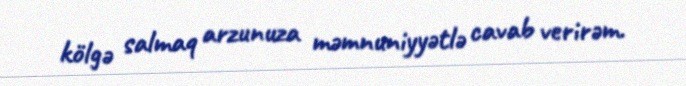
kölgə salmaq arzunuza məmnuniyyətlə cavab verirəm.